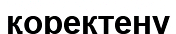
қоректену